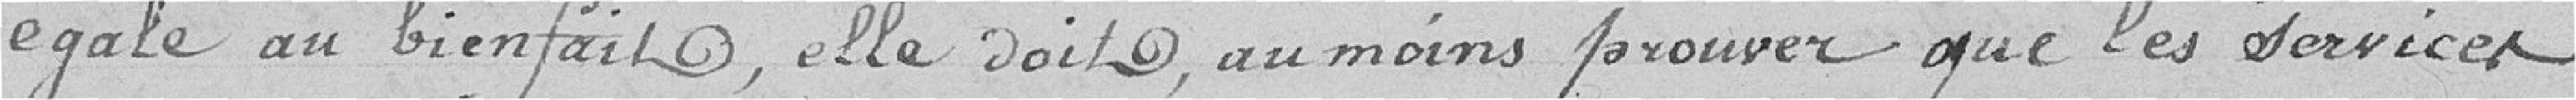
égale aux bienfaits, elle doit, au moins prouver que les services